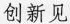
创新见